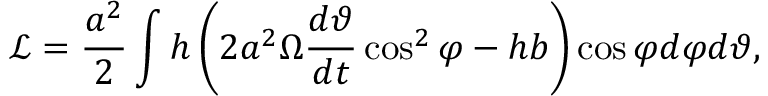
\mathcal { L } = \frac { a ^ { 2 } } { 2 } \int h \left( 2 a ^ { 2 } \Omega \frac { d \vartheta } { d t } \cos ^ { 2 } \varphi - h b \right) \cos \varphi d \varphi d \vartheta ,